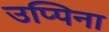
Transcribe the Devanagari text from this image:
उप्पिना